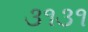
૩૧૩૧